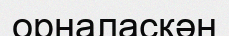
орналасқән